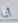
أنا